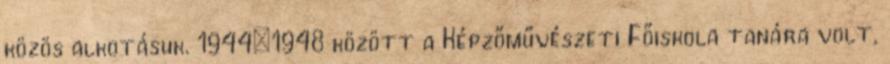
közös alkotásuk. 1944–1948 között a Képzőművészeti Főiskola tanára volt,